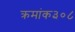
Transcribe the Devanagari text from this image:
क्रमांक३०८